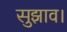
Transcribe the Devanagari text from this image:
सुझाव।